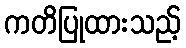
ကတိပြုထားသည့်